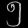
Digit: ၅